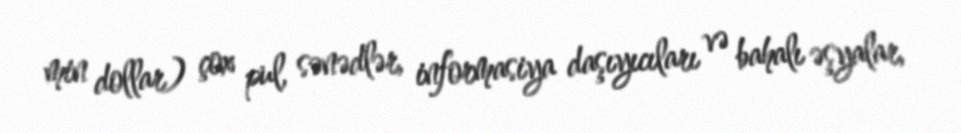
min dollar) çox pul, sənədlər, informasiya daşıyıcıları və bahalı əşyalar,